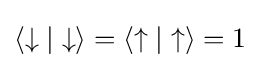
\langle \downarrow |\downarrow \rangle =\langle \uparrow |\uparrow \rangle =1